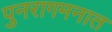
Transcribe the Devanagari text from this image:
पुनरागमनात